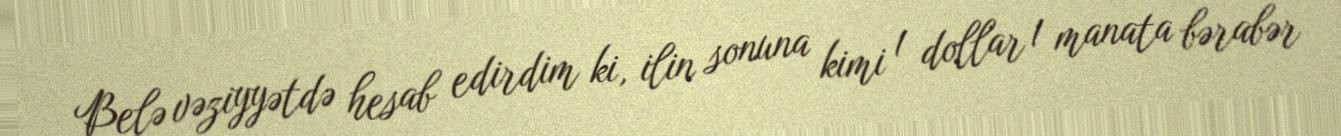
Belə vəziyyətdə hesab edirdim ki, ilin sonuna kimi 1 dollar 1 manata bərabər